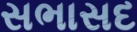
સભાસદ